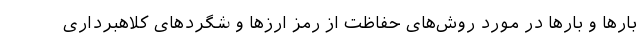
بارها و بارها در مورد روش‌های حفاظت از رمز ارزها و شگردهای کلاهبرداری